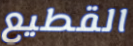
القطيع